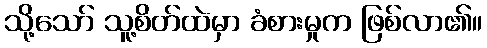
သို့သော် သူ့စိတ်ထဲမှာ ခံစားမှုက ဖြစ်လာ၏။